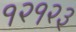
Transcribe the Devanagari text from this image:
१२१२३